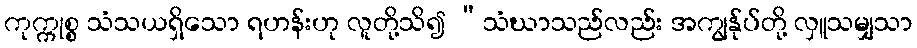
ကုက္ကုစ္စ သံသယရှိသော ရဟန်းဟု လူတို့သိ၍ “သံဃာသည်လည်း အကျွန်ုပ်တို့ လှူသမျှသာ